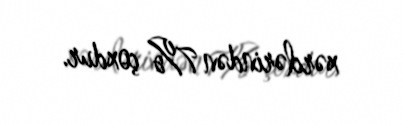
xərclərindən 7% çoxdur.